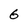
Character: 6